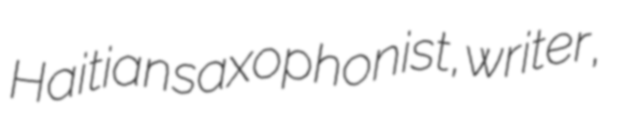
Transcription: Haitian saxophonist, writer,